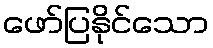
ဖော်ပြနိုင်သော